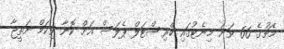
މެޗުގެ 66 ވަނަ މިނެޓުގައި ކްރިސްޓަލް ޕެލަސް އަށް ކޮނާ ވިކަމް ނަތީޖާ